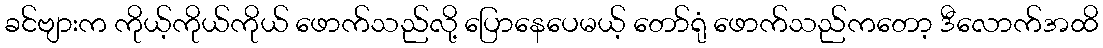
ခင်ဗျားက ကိုယ့်ကိုယ်ကိုယ် ဖောက်သည်လို့ ပြောနေပေမယ့် တော်ရုံ ဖောက်သည်ကတော့ ဒီလောက်အထိ